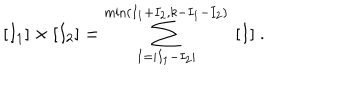
LaTeX: [ I _ { 1 } ] \times [ I _ { 2 } ] = \sum _ { I = | I _ { 1 } - I _ { 2 } | } ^ { \mathrm { m i n } ( I _ { 1 } + I _ { 2 } , k - I _ { 1 } - I _ { 2 } ) } \ [ I ] \ .